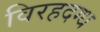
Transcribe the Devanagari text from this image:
विरहदग्ध